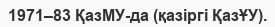
1971–83 ҚазМУ-да (қазіргі ҚазҰУ).